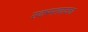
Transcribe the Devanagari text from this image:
उदारमतवादाचा